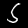
Digit: 5